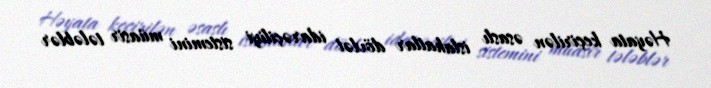
Həyata keçirilən əsaslı islahatlar dövlət idarəçiliyi sistemini müasir tələblər